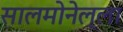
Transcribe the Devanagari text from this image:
सालमोनेल्ला